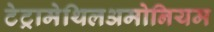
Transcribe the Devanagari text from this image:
टेट्रामेथिलअमोनियम